Civil Veterinary Department Bihar & Orissa reports 1911-21 - 1911-1921
Year: 1911
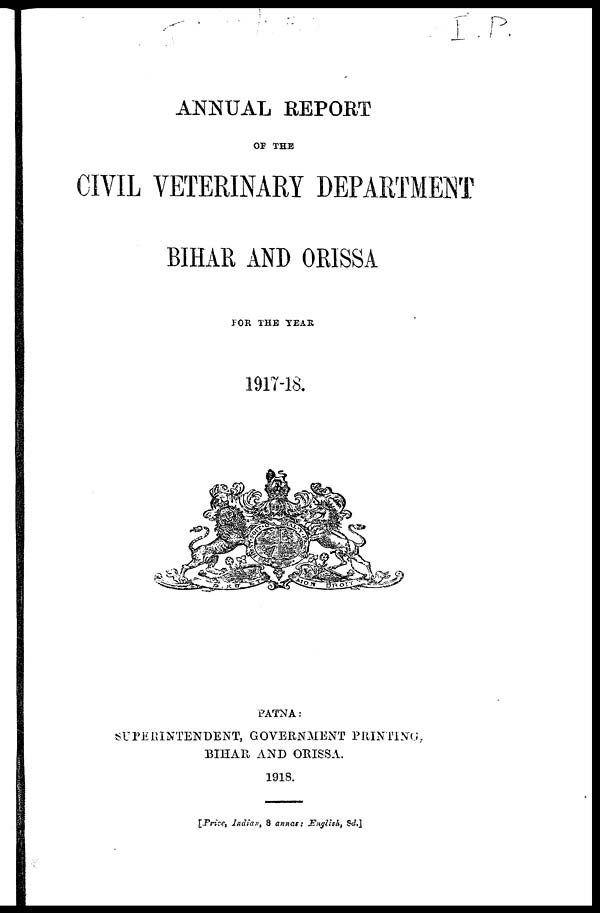
ANNUAL REPORT
OF THE
CIVIL VETERINARY DEPARTMENT
BIHAR AND ORISSA
FOR THE TEAR
1917-18.
PATNA:
SUPERINTENDENT, GOVERNMENT PRINTING,
BIHAR AND ORISSA.
1918.
[Price, Indian, 8 annas; English, Sd.]